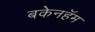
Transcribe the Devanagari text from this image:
बकेनहॅम